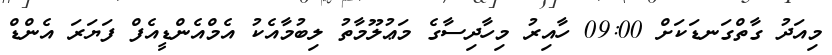
މިއަދު ގާތްގަނޑަކަށް 09:00 ހާއިރު މިހާދިސާގެ މަޢުލޫމާތު ލިބުމާއެކު އެމްއެންޑީއެފް ފަޔަރަ އެންޑް